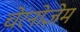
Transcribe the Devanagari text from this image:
चेरनोज़ेम